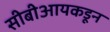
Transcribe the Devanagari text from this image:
सीबीआयकडून